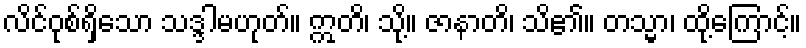
လိင်ဝုစ်ရှိသော သဒ္ဒါမဟုတ်။ ဣတိ၊ သို့။ ဇာနာတိ၊ သိ၏။ တသ္မာ၊ ထို့ကြောင့်။